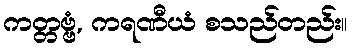
ကတ္တဗ္ဗံ, ကရဏီယံ စသည်တည်း။